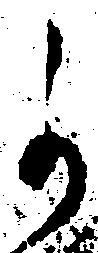
可